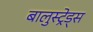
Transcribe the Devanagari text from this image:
बालुस्‍ट्रेड्स